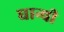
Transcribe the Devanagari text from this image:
घान्ची